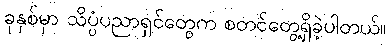
ခုနှစ်မှာ သိပ္ပံပညာရှင်တွေက စတင်တွေ့ရှိခဲ့ပါတယ်။